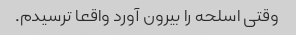
وقتی اسلحه را بیرون آورد واقعا ترسیدم.